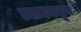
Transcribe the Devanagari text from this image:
त्याजकडून